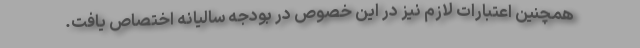
همچنین اعتبارات لازم نیز در این خصوص در بودجه سالیانه اختصاص یافت.